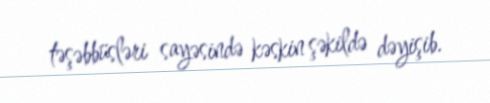
təşəbbüsləri sayəsində kəskin şəkildə dəyişib.